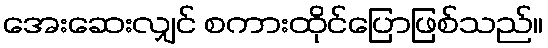
အေးဆေးလျှင် စကားထိုင်ပြောဖြစ်သည်။